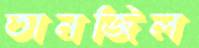
তানজিল